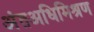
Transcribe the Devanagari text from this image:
अंतअधिमिश्रण